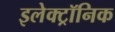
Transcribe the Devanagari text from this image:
इलेक्‍ट्रॉनिक